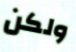
ولكن